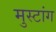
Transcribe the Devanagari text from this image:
मुस्टांग